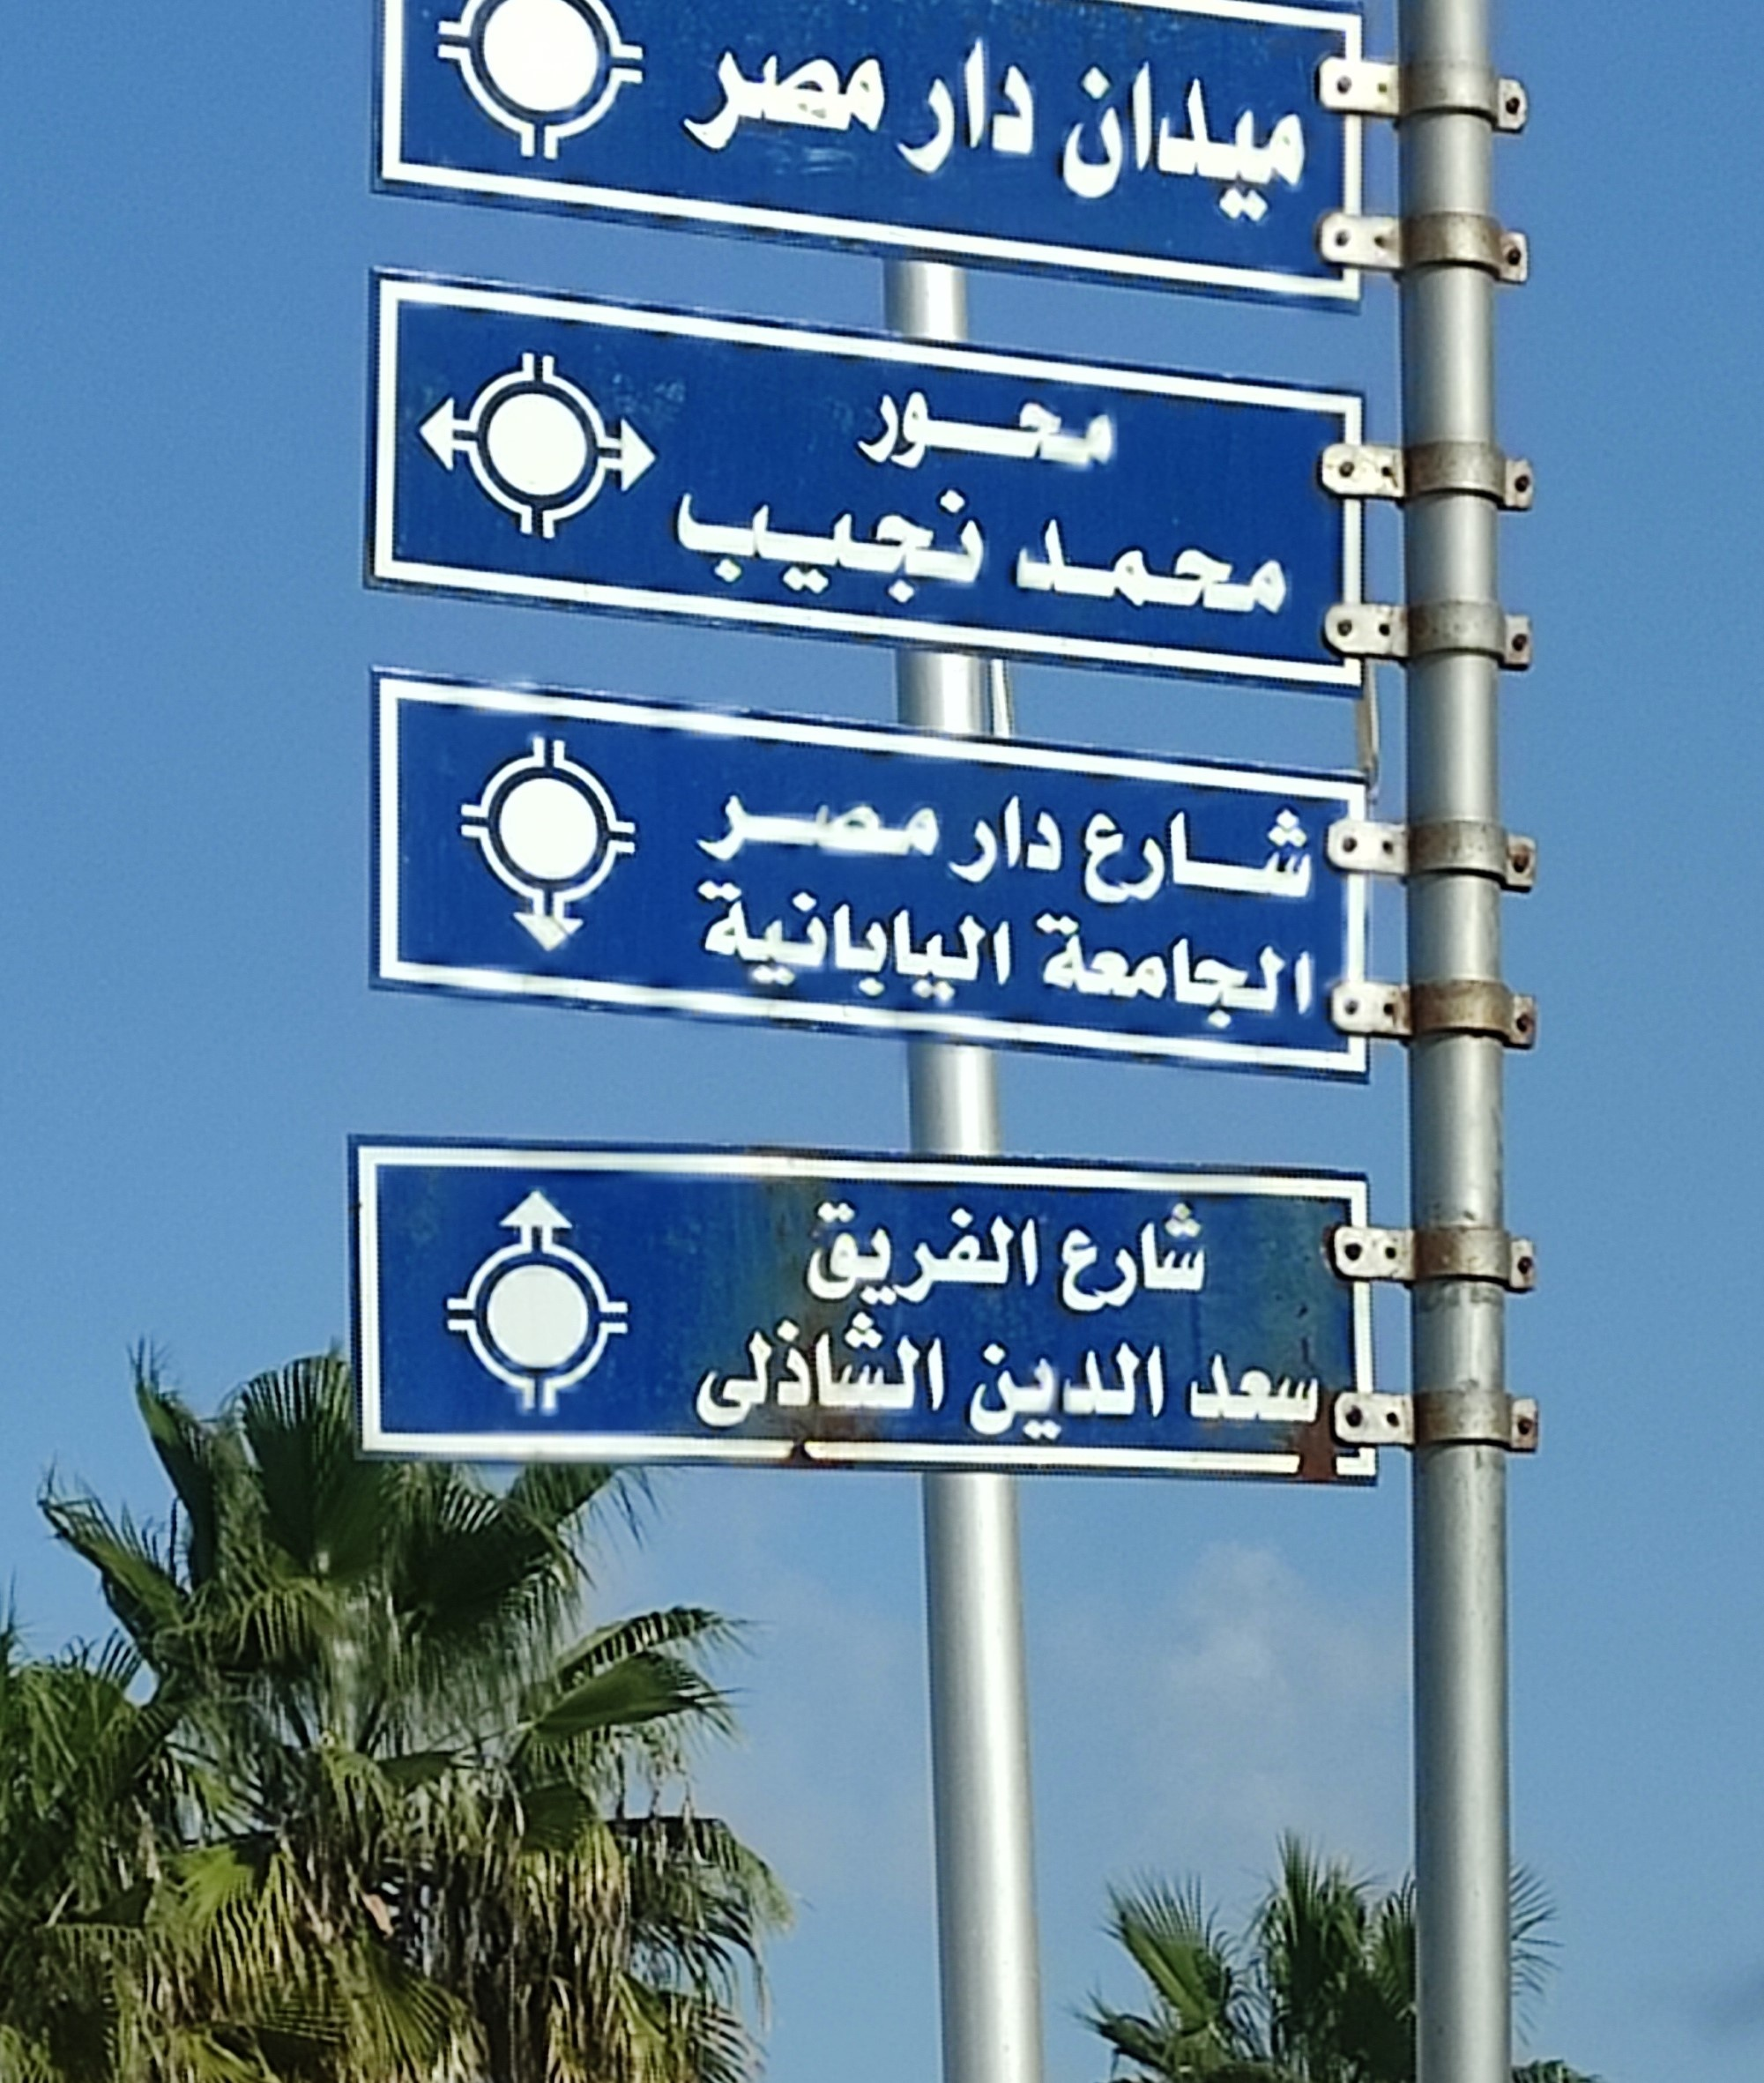
Text in image: مصر دار ميدان محور نجيب محمد مصر دار شارع اليابانية الجامعة الفريق شارع الشاذلي الدين سعد